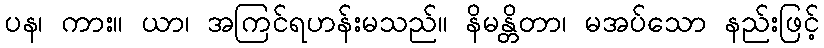
ပန၊ ကား။ ယာ၊ အကြင်ရဟန်းမသည်။ နိမန္တိတာ၊ မအပ်သော နည်းဖြင့်